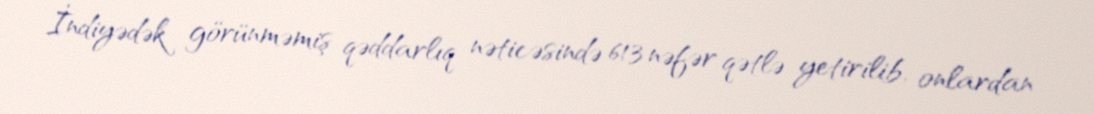
İndiyədək görünməmiş qəddarlıq nəticəsində 613 nəfər qətlə yetirilib, onlardan